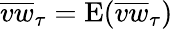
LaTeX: \overline{{vw}}_{\tau}=\mathrm{E}(\overline{{vw}}_{\tau})